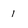
Character: i